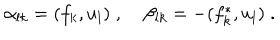
LaTeX: \alpha _ { l k } = ( f _ { k } , u _ { l } ) \; , \; \beta _ { l k } = - ( f _ { k } ^ { * } , u _ { l } ) \; .